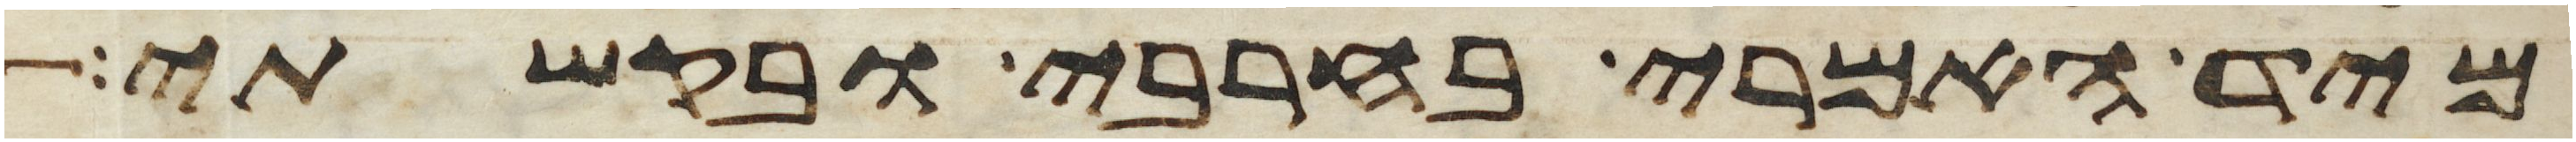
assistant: מיד האמרי בחרבי ובקשתי